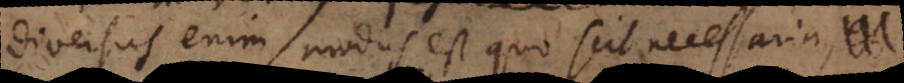
diversus enim modus est quo scit necessari